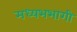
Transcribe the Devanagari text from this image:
मध्यभभागी